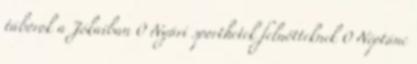
táborok a Jókaiban 0 Nyári sporthetek felnőtteknek 0 Néptánc